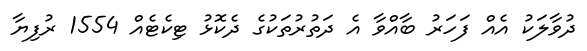
ދުވާލަކު އެއް ފަހަރު ބާއްވާ އެ ދަތުރުތަކުގެ ދެކޮޅު ޓިކެޓެއް 1554 ރުފިޔާ